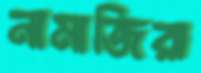
নামাজিরা